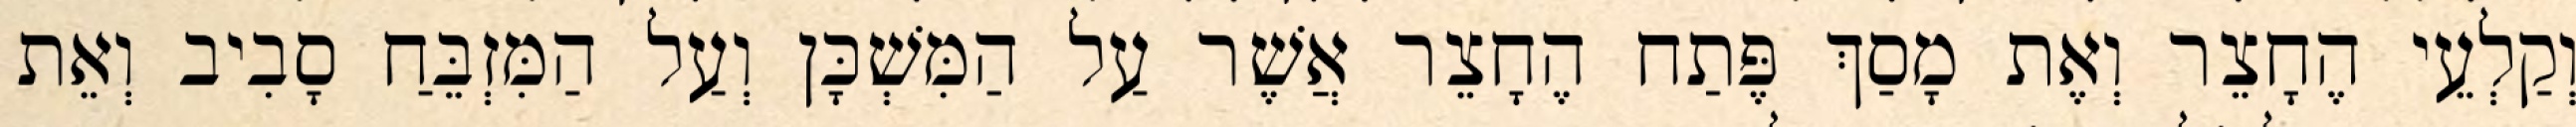
וְקַלְעֵי הֶחָצֵר וְאֶת מָסַךְ פֶּתַח הֶחָצֵר אֲשֶׁר עַל הַמִּשְׁכָּן וְעַל הַמִּזְבֵּחַ סָבִיב וְאֵת